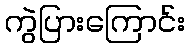
ကွဲပြားကြောင်း